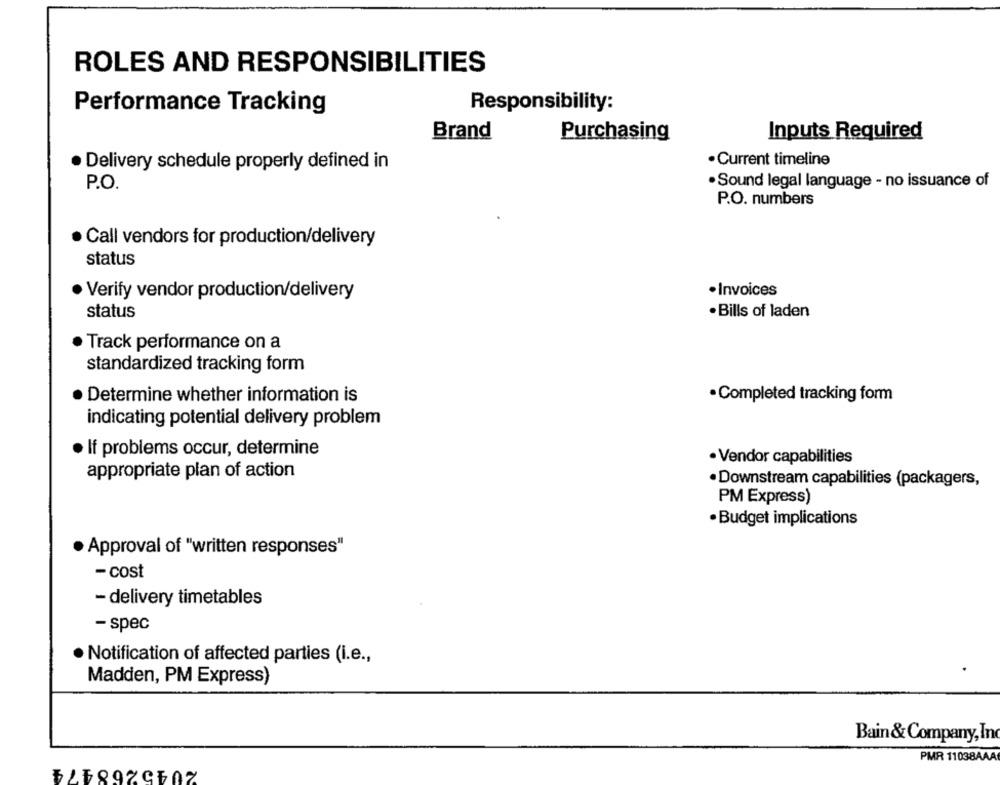
ROLES AND RESPONSIBILITIES
Performance Tracking
Responsibility:
Brand
Purchasing
Inputs Required
· Current timeline
. Delivery schedule properly defined in
P.O.
· Sound legal language - no issuance of
P.O. numbers
· Call vendors for production/delivery
status
· Verify vendor production/delivery
· Invoices
status
· Bills of laden
Track performance on a
standardized tracking form
· Determine whether information is
· Completed tracking form
indicating potential delivery problem
· If problems occur, determine
· Vendor capabilities
appropriate plan of action
· Downstream capabilities (packagers,
PM Express)
· Budget implications
· Approval of "written responses"
- cost
- delivery timetables
- spec
· Notification of affected parties (i.e .,
Madden, PM Express)
Bain& Company, Inc
2045468474
PMR 11038AAA